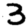
Digit: 3